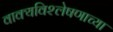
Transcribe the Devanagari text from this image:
वाक्यविश्लेषणाच्या